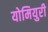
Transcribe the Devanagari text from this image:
योमियुरी